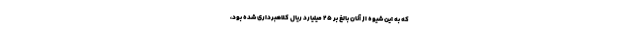
که به این شیوه از آنان بالغ بر 25 میلیارد ریال کلاهبرداری شده بود،